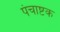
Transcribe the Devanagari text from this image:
पंचाष्टक